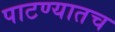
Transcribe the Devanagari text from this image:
पाटण्यातच